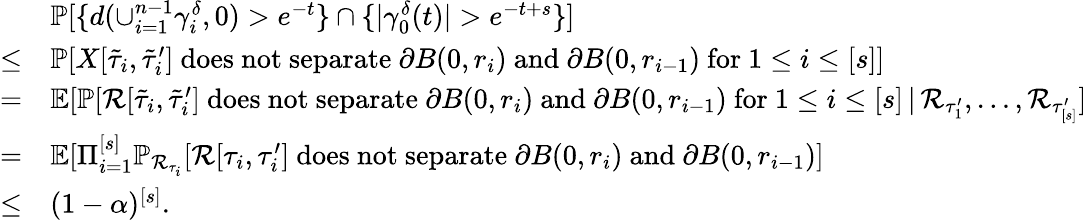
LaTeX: \begin{array}{rl}&{\mathbb{P}[\{ d(\cup_{i=1}^{n-1}\gamma_{i}^{\delta},0)>e^{-t}\} \cap\{ |\gamma_{0}^{\delta}(t)|>e^{-t+s}\} ]}\\ {\le}&{\mathbb{P}[X[\tilde{\tau}_{i},\tilde{\tau}_{i}^{\prime}]\mathrm{~does~not~separate~}\partial B(0,r_{i})\mathrm{~and~}\partial B(0,r_{i-1})\mathrm{~for~}1\le i\le[s]]}\\ {=}&{\mathbb{E}[\mathbb{P}[\mathcal{R}[\tilde{\tau}_{i},\tilde{\tau}_{i}^{\prime}]\mathrm{~does~not~separate~}\partial B(0,r_{i})\mathrm{~and~}\partial B(0,r_{i-1})\mathrm{~for~}1\le i\le[s]\, |\, \mathcal{R}_{\tau_{1}^{\prime}},\ldots,\mathcal{R}_{\tau_{[s]}^{\prime}}]}\\ {=}&{\mathbb{E}[\Pi_{i=1}^{[s]}\mathbb{P}_{\mathcal{R}_{\tau_{i}}}[\mathcal{R}[\tau_{i},\tau_{i}^{\prime}]\mathrm{~does~not~separate~}\partial B(0,r_{i})\mathrm{~and~}\partial B(0,r_{i-1})]}\\ {\le}&{(1-\alpha)^{[s]}.}\end{array}